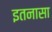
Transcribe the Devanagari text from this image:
इतनासा